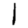
Digit: 1